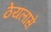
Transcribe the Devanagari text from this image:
ठेयलांसे